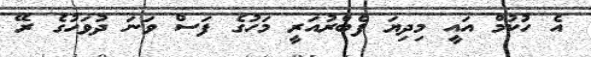
އެ ހުކުމް އައީ މިދިޔަ ފެބްރުއަރީ މަހުގެ ފަސް ވަނަ ދުވަހުގެ ރޭ